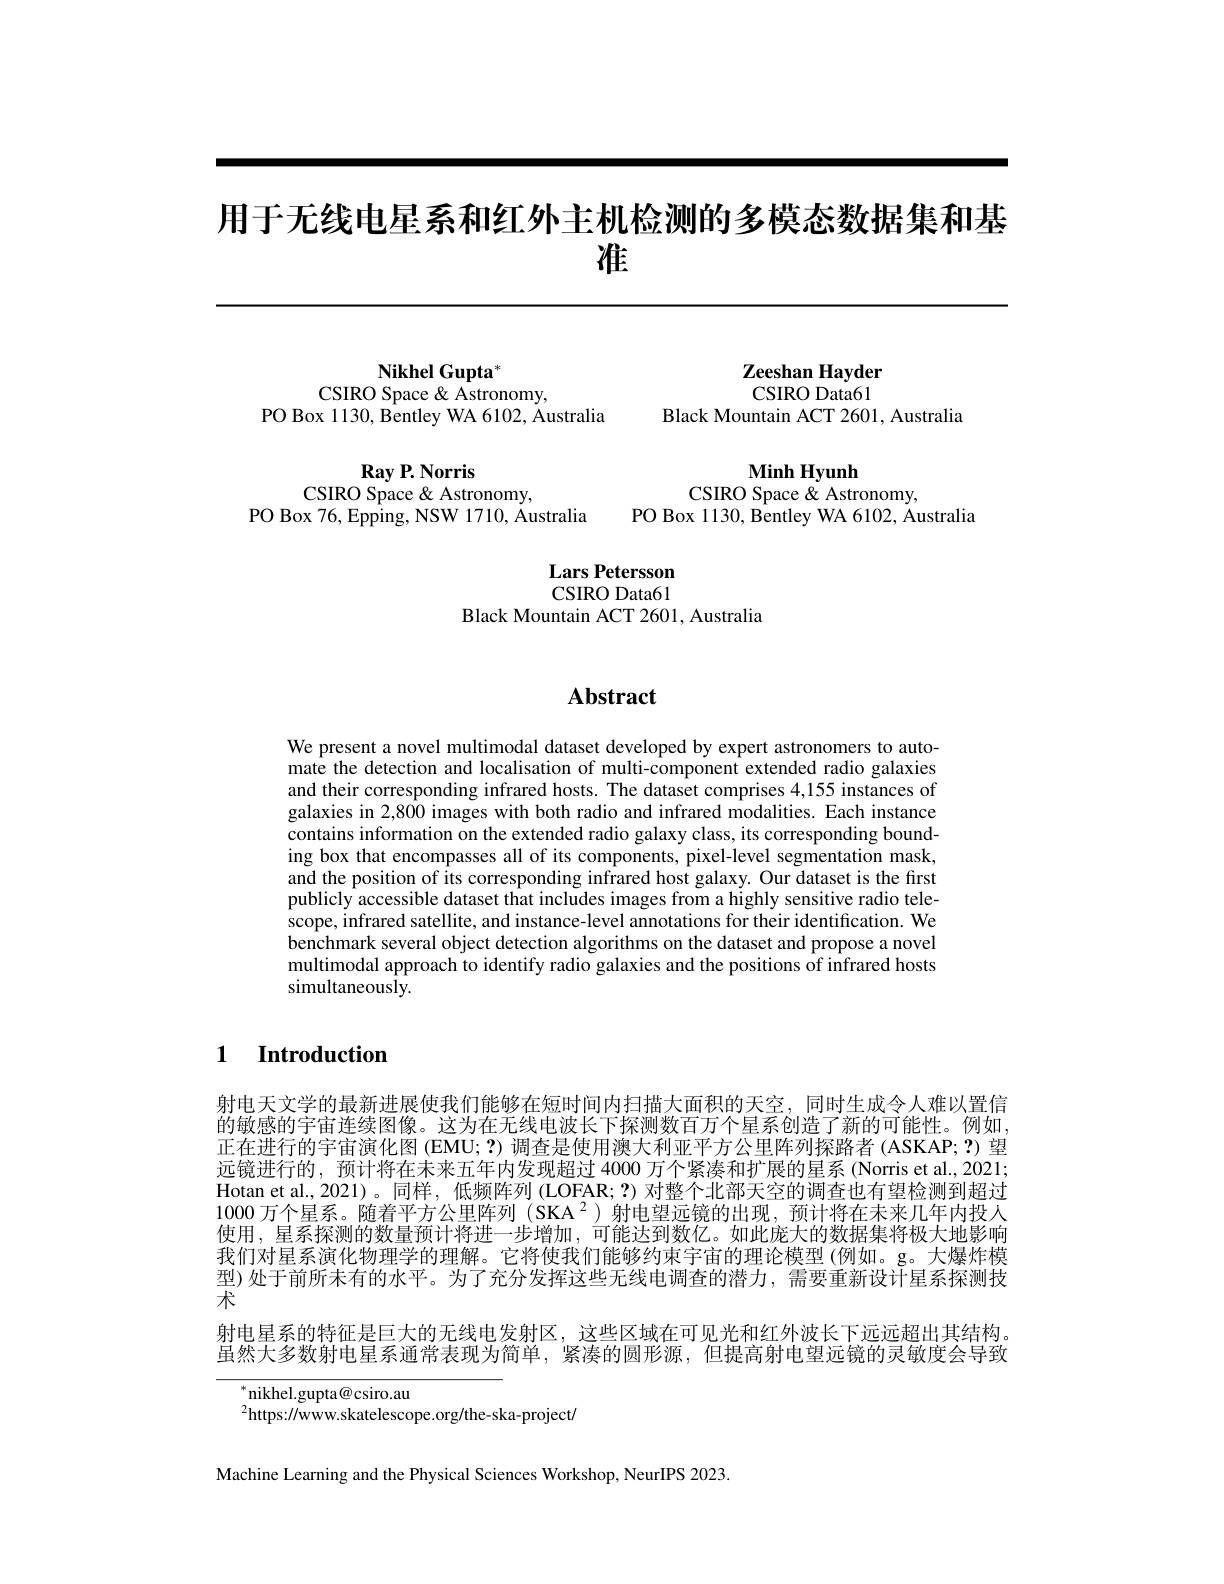
# 用于无线电星系和红外主机检测的多模态数据集和基准

Nikhel Gupta*
CSIRO Space & Astronomy,
PO Box 1130, Bentley WA 6102, Australia

$\mathbf{RayP.Norris}$
CSIRO Space & Astronomy,
PO Box 76, Epping, NSW 1710, Australia

$\mathbf{ZeeshanHayder}$ CSIRO Data61
Black Mountain ACT 2601, Australia

$\mathbf{Minh}$ Hyunh
CSIRO Space & Astronomy,
PO Box 1130, Bentley WA 6102, Australia

Lars Petersson CSIRO Data61
Black Mountain ACT 2601, Australia

## $\mathbf{Abstract}$

We present a novel multimodal dataset developed by expert astronomers to automate the detection and localisation of multi-component extended radio galaxies and their corresponding infrared hosts. The dataset comprises 4,155 instances of galaxies in 2,800 images with both radio and infrared modalities. Each instance contains information on the extended radio galaxy class, its corresponding bounding box that encompasses all of its components, pixel-level segmentation mask, and the position of its corresponding infrared host galaxy. Our dataset is the first publicly accessible dataset that includes images from a highly sensitive radio telescope, infrared satellite, and instance-level annotations for their identification. We $\hat{\text{benchmark several object detection algorithms on the dataset and propose a novel}}$ multimodal approach to identify radio galaxies and the positions of infrared hosts simultaneously.

### $\textbf{1}$ $\textbf{Introduction}$

射电天文学的最新进展使我们能够在短时间内扫描大面积的天空，同时生成令人难以置信的敏感的宇宙连续图像。这为在无线电波长下探测数百万个星系创造了新的可能性。例如， 正在进行的宇宙演化图 (EMU;?)调查是使用澳大利亚平方公里阵列探路者 (ASKAP; ?)望远镜进行的，预计将在未来五年内发现超过 4000 万个紧凑和扩展的星系 (Norris et al.,2021; Hotan et al., 2021)。同样，低频阵列 (LOFAR; ?) 对整个北部天空的调查也有望检测到超过1000万个星系。随着平方公里阵列 (SKA$^2)$射电望远镜的出现，预计将在未来几年内投人使用，星系探测的数量预计将进一步增加，可能达到数亿。如此庞大的数据集将极大地影响我们对星系演化物理学的理解。它将使我们能够约束宇宙的理论模型(例如。g。大爆炸模型)处于前所未有的水平。为了充分发挥这些无线电调查的潜力，需要重新设计星系探测技术
射电星系的特征是巨大的无线电发射区，这些区域在可见光和红外波长下远远超出其结构。虽然大多数射电星系通常表现为简单，紧凑的圆形源，但提高射电望远镜的灵敏度会导致
$^*$nikhel.gupta@csiro.au
$^{2}$https://www.skatelescope.org/the-ska-project/

Machine Learning and the Physical Sciences Workshop, NeurIPS 2023.